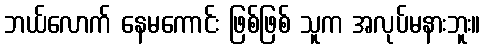
ဘယ်လောက် နေမကောင်း ဖြစ်ဖြစ် သူက အလုပ်မနားဘူး။